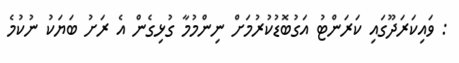
: ވައިކަރަދޫގައި ކަރަންޓު އަގުބޮޑުކުރުމަށް ނިންމުމާ ގުޅިގެން އެ ރަށު ބަޔަކު ނުކުމެ